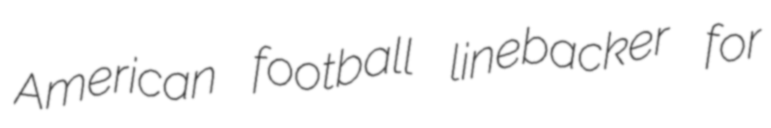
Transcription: American football linebacker for